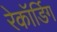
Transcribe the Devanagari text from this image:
रेकॉर्डिग